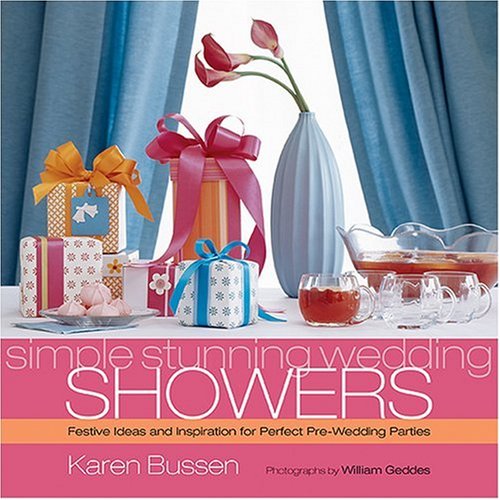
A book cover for Simple Stunning Wedding Showers; Karen Bussen; Crafts, Hobbies & Home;